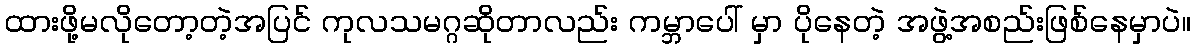
ထားဖို့မလိုတော့တဲ့အပြင် ကုလသမဂ္ဂဆိုတာလည်း ကမ္ဘာပေါ် မှာ ပိုနေတဲ့ အဖွဲ့အစည်းဖြစ်နေမှာပဲ။